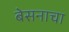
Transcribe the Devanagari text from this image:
बेसनाचा